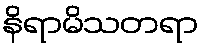
နိရာမိသတရာ